Civil Veterinary Department Bihar & Orissa reports 1922-29 - 1922-1929
Year: 1922
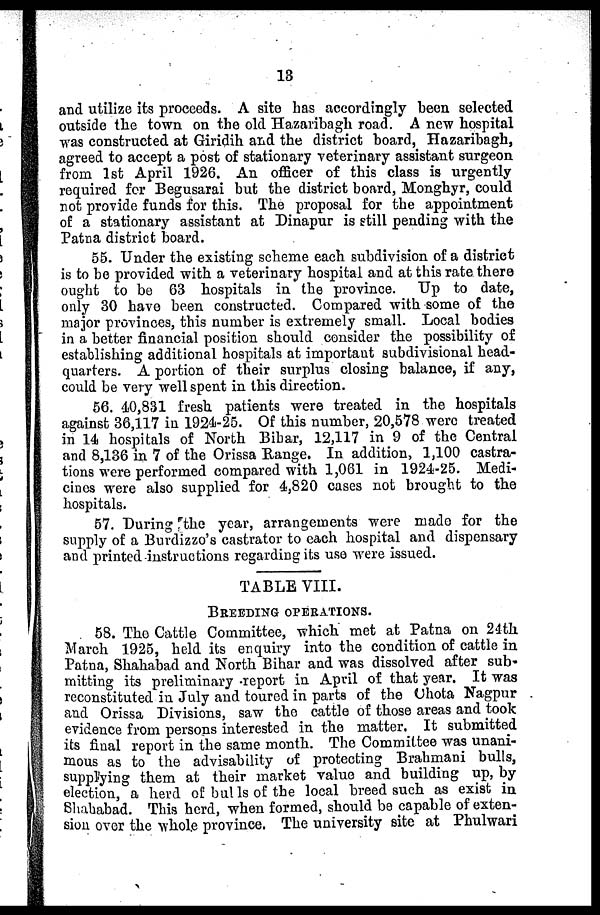
13
and utilize its proceeds. A site has accordingly been selected
outside the town on the old Hazaribagh road. A new hospital
was constructed at Giridih and the district hoard, Hazaribagh,
agreed to accept a post of stationary veterinary assistant surgeon
from 1st April 1926. An officer of this class is urgently
required for Begusarai but the district board, Monghyr, could
not provide funds for this. The proposal for the appointment
of a stationary assistant at Dinapur is still pending with the
Patna district board.
55. Under the existing scheme each subdivision of a district
is to be provided with a veterinary hospital and at this rate, there
ought to be 63 hospitals in the province. Up to date,
only 30 have been constructed. Compared with some of the
major provinces, this number is extremely small. Local bodies
in a better financial position should consider the possibility of
establishing additional hospitals at important subdivisional head-
quarters. A portion of their surplus closing balance, if any,
could be very well spent in this direction.
56. 40,831 fresh patients were treated in the hospitals
against 36,117 in 1924-25. Of this number, 20,578 were treated
in 14 hospitals of North Bihar, 12,117 in 9 of the Central
and 8,136 in 7 of the Orissa Range. In addition, 1,100 castra-
tions were performed compared with 1,061 in 1924-25. Medi-
cines were also supplied for 4,820 cases not brought to the
hospitals.
57. "During the year, arrangements were made for the
supply of a Burdizzo's castrator to each hospital and dispensary
and printed instructions regarding its use were issued.
TABLE VIII.
BREEDING OPERATIONS.
58. The Cattle Committee, which met at Patna on 24th
March 1925, held its enquiry into the condition of cattle in
Patna, Shahabad and North Bihar and was dissolved after sub-
mitting its preliminary -report in April of that year. It was
reconstituted in July and toured in parts of the Chota Nagpur
and Orissa Divisions, saw the cattle of those areas and took
evidence from persons interested in the matter. It submitted
its final report in the same month. The Committee was unani-
mous as to the advisability of protecting Brahmani bulls,
supplying them at their market value and building up, by
election, a herd of bulls of the local breed such as exist in
Shahabad. This herd, when formed, should be capable of exten-
sion over the whole province. The university site at Phulwari